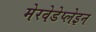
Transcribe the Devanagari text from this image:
मेरवेडेप्लेइन